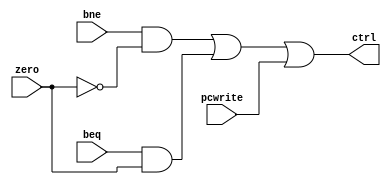
module branch_decoder(
  input beq, bne, pcwrite, zero,
  output ctrl
);
  
  assign ctrl = (bne&~zero) | (beq&zero) | (pcwrite);
  
endmodule